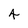
Character: 4